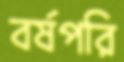
বর্ষপরি